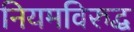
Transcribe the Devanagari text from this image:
नियमविरुद्ध